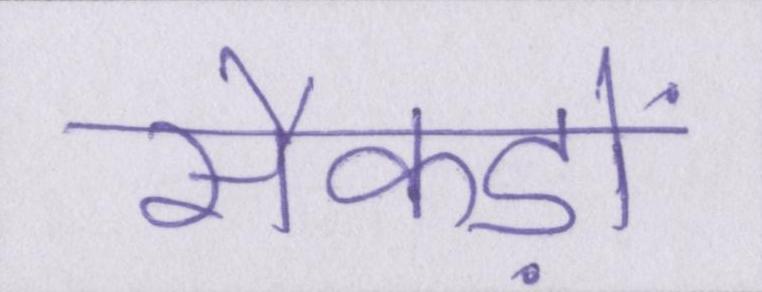
सैकड़ों